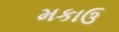
મકાઉ